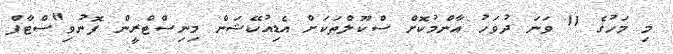
މި މަހުގެ 11 ވަނަ ދުވަހު އާންމުކޮށް ސްކޫލްތަކަށް އެޑިއުކޭޝަން މިނިސްޓްރީން ފޮނުވި"ސްޓާފް